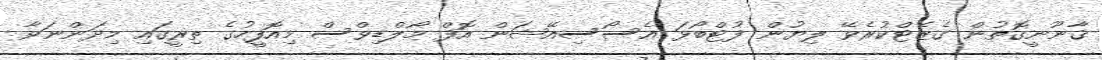
ޤާނޫނީގޮތުން ގެޒެޓްކުރެވޭ ލިޔުން ފުޓްބޯޅަ އެސޯސިއޭޝަން އޮފް މޯލްޑިވްސް މިއޮފީހުގެ ތިރީގައި މިދަންނަވާ